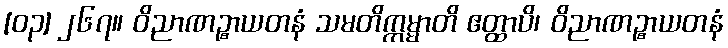
[၀၃] ၂၆၇။ ဝိညာဏဉ္စာယတနံ သမတိက္ကမ္မာတိ ဧတ္ထာပိ၊ ဝိညာဏဉ္စာယတနံ